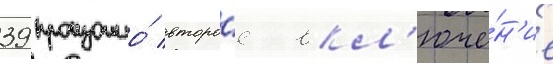
39 произошло́ второ́е вкл'юче́н'ие